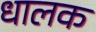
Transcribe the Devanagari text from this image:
धालक